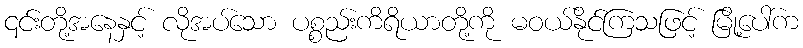
၎င်းတို့အနေနှင့် လိုအပ်သော ပစ္စည်းကိရိယာတို့ကို မဝယ်နိုင်ကြသဖြင့် မြို့ပေါ်က